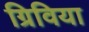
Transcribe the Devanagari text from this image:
ग्रिविया